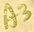
Text: A3